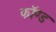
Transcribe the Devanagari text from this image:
फॉण्ड